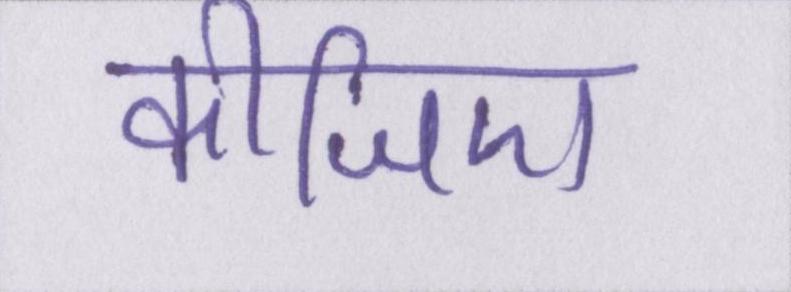
कीजिए